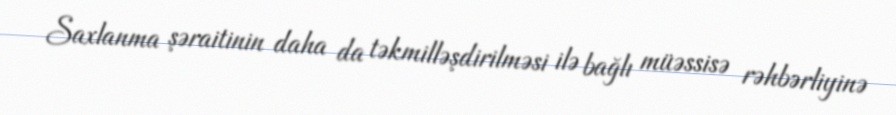
Saxlanma şəraitinin daha da təkmilləşdirilməsi ilə bağlı müəssisə rəhbərliyinə